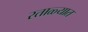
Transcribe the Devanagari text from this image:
रताळ्यात